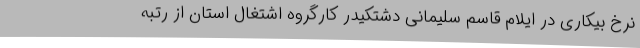
نرخ بیکاری در ایلام قاسم سلیمانی دشتکیدر کارگروه اشتغال استان از رتبه